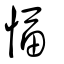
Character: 愊